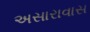
અસારાવાસ